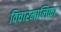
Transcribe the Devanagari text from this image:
विचारमालिका